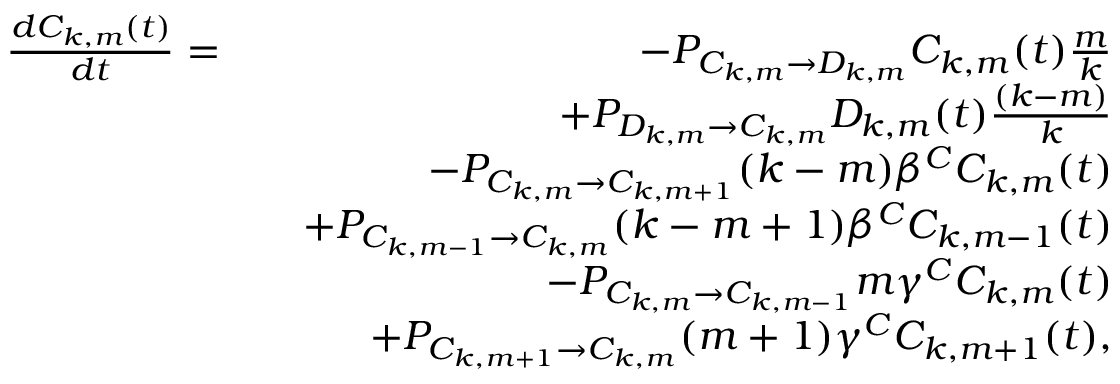
\begin{array} { r l r } { \frac { d C _ { k , m } ( t ) } { d t } = } & { } & { - P _ { C _ { k , m } \rightarrow D _ { k , m } } C _ { k , m } ( t ) \frac { m } { k } } \\ & { } & { + P _ { D _ { k , m } \rightarrow C _ { k , m } } D _ { k , m } ( t ) \frac { ( k - m ) } { k } } \\ & { } & { - P _ { C _ { k , m } \rightarrow C _ { k , m + 1 } } ( k - m ) \beta ^ { C } C _ { k , m } ( t ) } \\ & { } & { + P _ { C _ { k , m - 1 } \rightarrow C _ { k , m } } ( k - m + 1 ) \beta ^ { C } C _ { k , m - 1 } ( t ) } \\ & { } & { - P _ { C _ { k , m } \rightarrow C _ { k , m - 1 } } m \gamma ^ { C } C _ { k , m } ( t ) } \\ & { } & { + P _ { C _ { k , m + 1 } \rightarrow C _ { k , m } } ( m + 1 ) \gamma ^ { C } C _ { k , m + 1 } ( t ) , } \end{array}